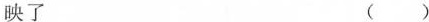
映了 ( )